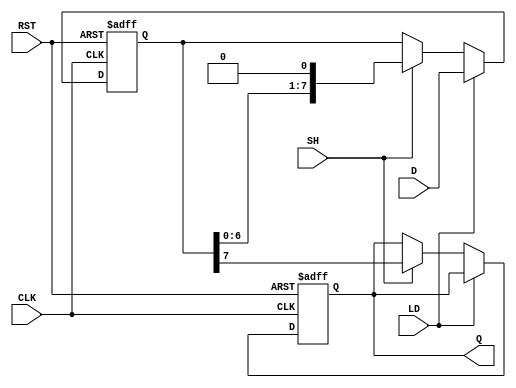
module dynamic_piso_register #(
    parameter WIDTH = 8  // Width of the register (number of parallel inputs)
)(
    input  wire [WIDTH-1:0] D,  // Parallel data input
    input  wire LD,              // Load control signal
    input  wire SH,              // Shift control signal
    input  wire CLK,             // Clock signal
    input  wire RST,             // Reset signal
    output reg Q                 // Serial data output
);

    reg [WIDTH-1:0] shift_reg;   // Shift register to hold the data

    always @(posedge CLK or posedge RST) begin
        if (RST) begin
            shift_reg <= {WIDTH{1'b0}};  // Reset shift register to zero
            Q <= 1'b0;                   // Reset output to zero
        end else if (LD) begin
            shift_reg <= D;              // Load data into the shift register
        end else if (SH) begin
            // Shift operation: output the MSB to Q and shift left
            Q <= shift_reg[WIDTH-1];     // Output the MSB
            shift_reg <= {shift_reg[WIDTH-2:0], 1'b0}; // Shift left
        end
    end

endmodule